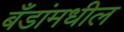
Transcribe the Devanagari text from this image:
बँडांमधील